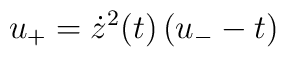
u_{+}=\dot{z}^{2}(t)\left( u_{-}-t\right)